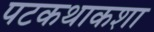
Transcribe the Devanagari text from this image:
पटकथाकशा